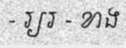
- រ្យរ - ខាង